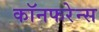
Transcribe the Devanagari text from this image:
कॉनफरेन्स